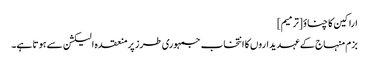
اراکین کا چناؤ[ترمیم]
بزم منہاج کے عہدیداروں کا انتخاب جمہوری طرز پرمنعقدہ الیکشن سے ہوتا ہے۔